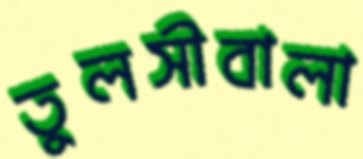
তুলসীবালা